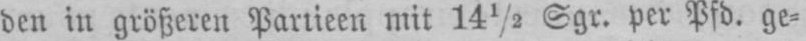
den in größeren Partieen mit 14½ Sgr. perPfd. ge⸗